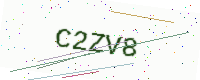
Text: C2ZV8